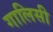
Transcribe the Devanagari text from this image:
गालिसी